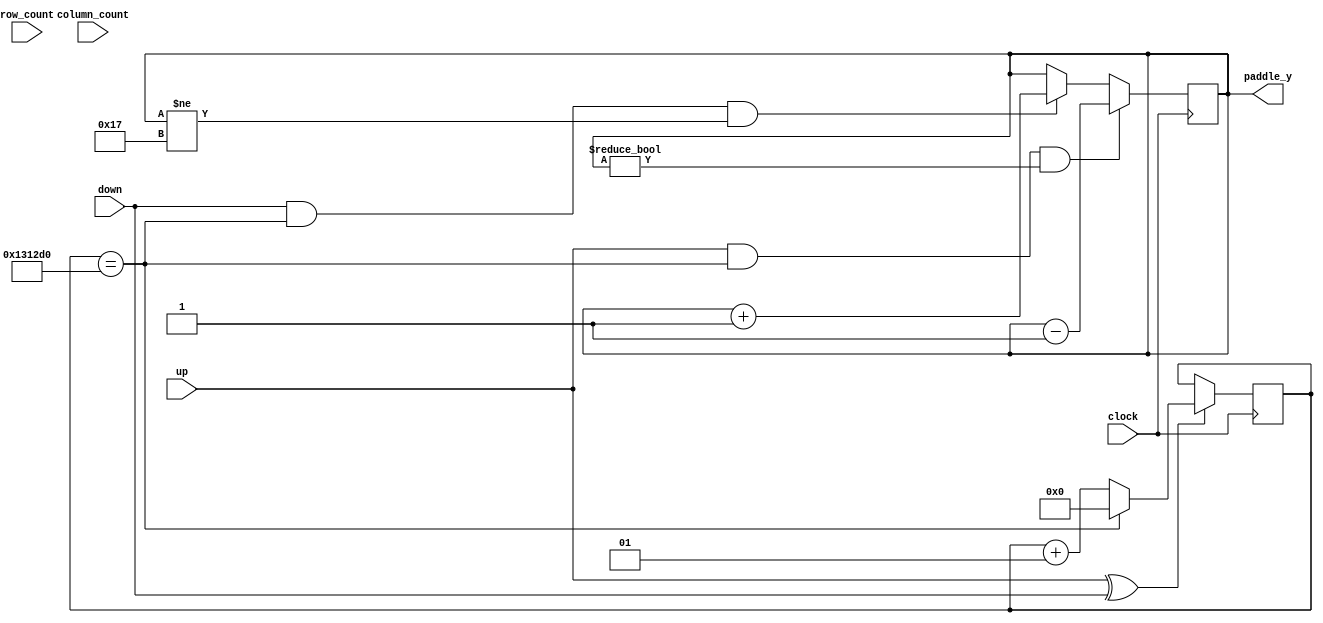
// Purpose of this Module:
// Control the movement direction and speed of the paddles
module Pong_Paddle_Control #(
    parameter
    PADDLE_HEIGHT = 6,
    GAME_HEIGHT = 30
    ) (
    input clock,
    input [5:0] column_count,
    input [5:0] row_count,
    input up, down,

    output reg [5:0] paddle_y = 0
    );

    // Set the Speed of the paddle movement.  
    // In this case, the paddle will move one board game unit
    // every 50 milliseconds that the button is held down.
    // 25MHz / 1250000 = 20 Hz = 50 milliseconds 
    parameter PADDLE_SPEED = 1250000;


    integer paddle_count = 0;
    wire paddle_enable;
    assign paddle_enable = up ^ down;

    // Update the paddle location based on paddle_count and paddle_y location 
    // Only update when paddle_count reaches PADDLE_SPEED
    // Don't update paddle reaches the top or bottom of the screen
    always @(posedge clock) begin
        if (paddle_enable) begin
            paddle_count <= (paddle_count == PADDLE_SPEED) ? 0 : paddle_count + 1;
        end

        if (up && (paddle_count == PADDLE_SPEED) && paddle_y != 0) begin
            paddle_y <= paddle_y - 1;
        end else if (down && (paddle_count == PADDLE_SPEED) && paddle_y != GAME_HEIGHT-PADDLE_HEIGHT-1) begin
            paddle_y <= paddle_y + 1;
        end
    end
endmodule